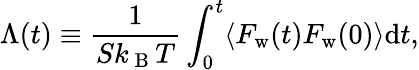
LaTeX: \Lambda(t)\equiv\frac{1}{Sk_{\mathrm{~B~}}T}\int_{0}^{t}\langle F_{\mathrm{w}}(t)F_{\mathrm{w}}(0)\rangle\mathrm{d}t,